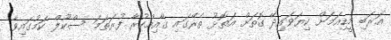
އަރަބި މީޑިއަމަށް ކިޔަވައިދޭ ގޮތަށް އަތޮޅު ތެރޭގައި ގާއިމްކުރާ ފުރަތަމަ ސްކޫލް ކަމުގައިވާ